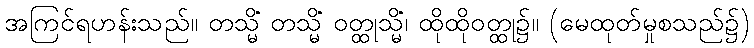
အကြင်ရဟန်းသည်။ တသ္မိံ တသ္မိံ ဝတ္ထုသ္မိံ၊ ထိုထိုဝတ္ထု၌။ (မေထုတ်မှုစသည်၌)